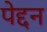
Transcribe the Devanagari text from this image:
पेद्दन